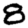
Digit: 8